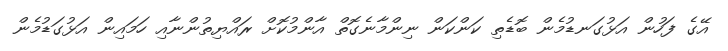
އޭގެ ފަހުން އަޅުގަނޑުމެން ބޮޑެތި ކަންކަން ނިންމާނެގޮތް އާންމުކޮށް ރައްޔިތުންނާއި ހަމައިން އަޅުގަޑުމެން